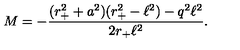
M = - \frac { ( r _ { + } ^ { 2 } + a ^ { 2 } ) ( r _ { + } ^ { 2 } - \ell ^ { 2 } ) - q ^ { 2 } \ell ^ { 2 } } { 2 r _ { + } \ell ^ { 2 } } .